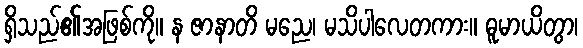
ရှိသည်၏အဖြစ်ကို။ န ဇာနာတိ မညေ၊ မသိပါလေတကား။ ဓူမာယိတွာ၊